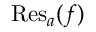
\operatorname { R e s } _ { a } ( f )